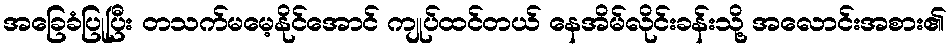
အခြေခံပြုပြီး တသက်မမေ့နိုင်အောင် ကျုပ်ထင်တယ် နေအိမ်လိုင်းခန်းသို့ အလောင်းအစား၏